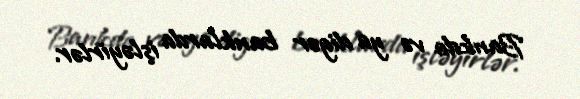
Bankda və ya digər banklarda işləyirlər.